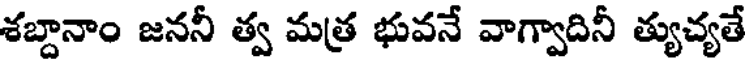
శబ్దానాం జననీ త్వ మత్ర భువనే వాగ్వాదినీ త్యుచ్యతే